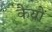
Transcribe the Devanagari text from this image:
कैयों